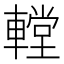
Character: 𨎋